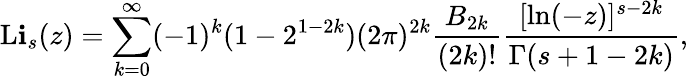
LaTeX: \operatorname{L\mathbf{i}}_{s}(z)=\sum_{k=0}^{\infty}(-1)^{k}(1-2^{1-2k})(2\pi)^{2k}{\frac{{B_{2k}}}{{(2k)!}}}{\frac{{[\ln(-z)]^{s-2k}}}{{\Gamma(s+1-2k)}}},